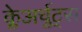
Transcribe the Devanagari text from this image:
क्लेअर्चुट्स